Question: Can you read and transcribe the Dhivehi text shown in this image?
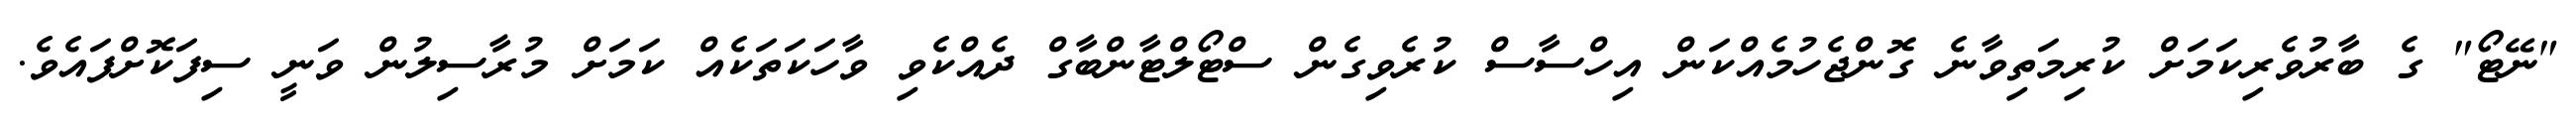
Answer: "ނޭޓޯ" ގެ ބާރުވެރިކަމަށް ކުރިމަތިވާނެ ގޮންޖެހުމެއްކަން އިހްސާސް ކުރެވިގެން ސްޓޯލްޓާންބާގް ދެއްކެވި ވާހަކަތަކެއް ކަމަށް މުރާސިލުން ވަނީ ސިފަކޮށްފައެވެ.